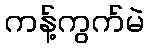
ကန့်ကွက်မဲ